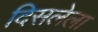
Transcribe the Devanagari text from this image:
दिसलेला